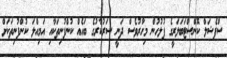
ސްޕެޝަލް ކޮންސްޓަބަލަރީގެ ފުލުހުން މިހާރުވެސް ދަނީ ސަރުކާރުގެ ބައެއް ކުންފުނިތަކާއި އަމިއްލަ ކުންފުނިތަކަށް